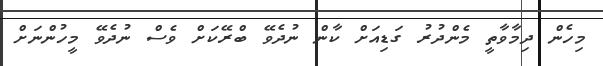
މިހެން ދިމާވާތީ މެންދުރު ގަޑިއަށް ކާން ނުދެވޭ ބްރޭކަށް ވެސް ނުދެވޭ މީހުންނަށް